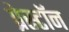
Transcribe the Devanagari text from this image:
प्रेस्टॉन